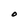
Character: O